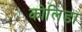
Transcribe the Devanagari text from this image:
कोलिडा